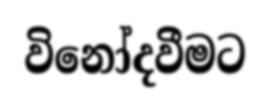
විනෝදවීමට